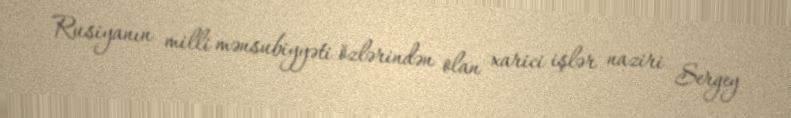
Rusiyanın milli mənsubiyyəti özlərindən olan xarici işlər naziri Sergey